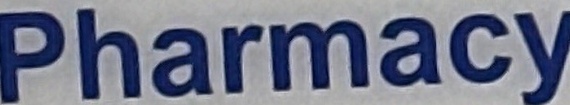
Pharmacy